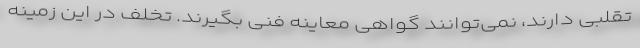
تقلبی دارند، نمی‌توانند گواهی معاینه فنی بگیرند. تخلف در این زمینه